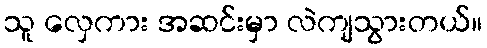
သူ လှေကား အဆင်းမှာ လဲကျသွားတယ်။